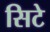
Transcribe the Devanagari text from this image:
सिटे